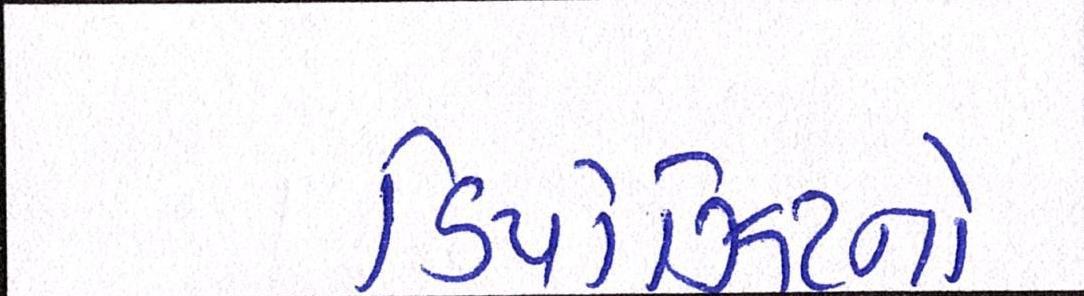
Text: ડિપોઝિટનો